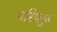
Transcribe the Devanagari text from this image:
परिप्लुत